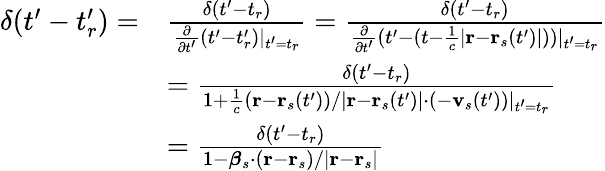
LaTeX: {\begin{array}{rl}{\delta(t^{\prime}-t_{r}^{\prime})=}&{{\frac{\delta(t^{\prime}-t_{r})}{{\frac{\partial}{\partial t^{\prime}}}(t^{\prime}-t_{r}^{\prime})|_{t^{\prime}=t_{r}}}}={\frac{\delta(t^{\prime}-t_{r})}{{\frac{\partial}{\partial t^{\prime}}}(t^{\prime}-(t-{\frac{1}{c}}|\mathbf{r}-\mathbf{r}_{s}(t^{\prime})|))|_{t^{\prime}=t_{r}}}}}\\ &{={\frac{\delta(t^{\prime}-t_{r})}{1+{\frac{1}{c}}(\mathbf{r}-\mathbf{r}_{s}(t^{\prime}))/|\mathbf{r}-\mathbf{r}_{s}(t^{\prime})|\cdot(-\mathbf{v}_{s}(t^{\prime}))|_{t^{\prime}=t_{r}}}}}\\ &{={\frac{\delta(t^{\prime}-t_{r})}{1-{\boldsymbol{\beta}}_{s}\cdot(\mathbf{r}-\mathbf{r}_{s})/|\mathbf{r}-\mathbf{r}_{s}|}}}\end{array}}